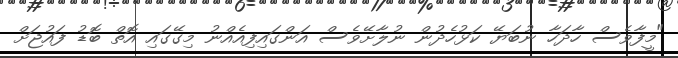
"މީފާވެސް ހާދަހާ ނުބަޔޭ ކަޅުހެދުން ނުލާށޭވެސް އަންގައިފިއެއްނު މިގޭގައި އޮތް ބޮޑު ފައުޖަށް